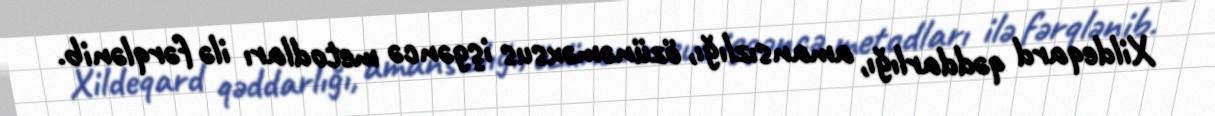
Xildeqard qəddarlığı, amansızlığı, özünəməxsus işgəncə metodları ilə fərqlənib.